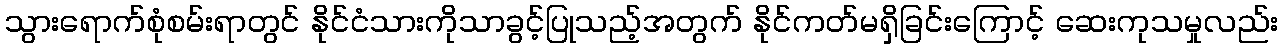
သွားရောက်စုံစမ်းရာတွင် နိုင်ငံသားကိုသာခွင့်ပြုသည့်အတွက် နိုင်ကတ်မရှိခြင်းကြောင့် ဆေးကုသမှုလည်း